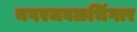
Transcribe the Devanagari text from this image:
नगरजवळभिंगार